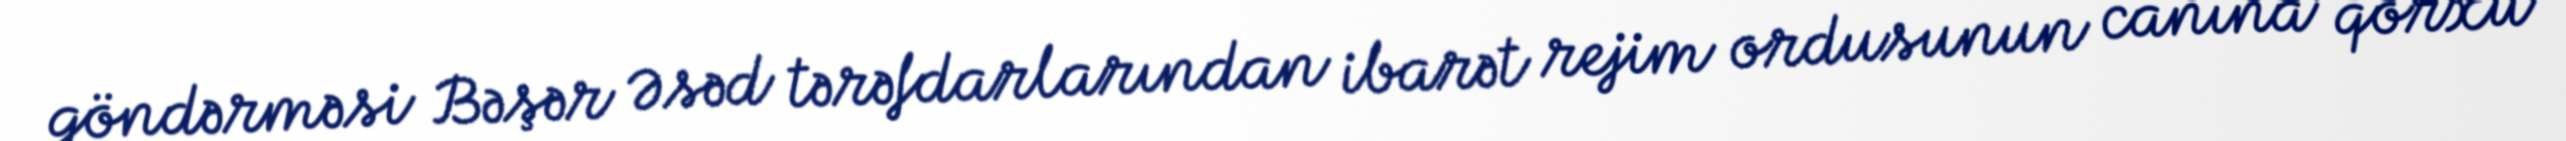
göndərməsi Bəşər Əsəd tərəfdarlarından ibarət rejim ordusunun canına qorxu